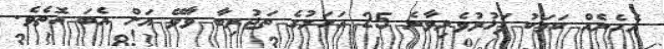
އެހެނެއް ކަމަކު ފަޚުރުވެރިވާނެ 25 އަހަރުގެ ތަޖުރިބާ ވާވޭ އަށް އެބަ އޮތެވެ.